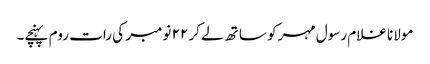
مولانا غلام رسول مہر کو ساتھ لے کر ٢٢ نومبر کی رات روم پہنچے۔